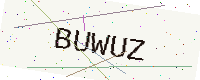
Text: BUWUZ